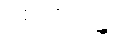
စေတိယန္တိ